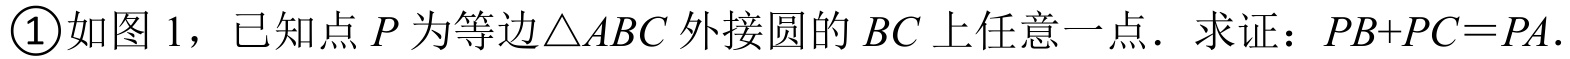
\textcircled{1}如图 1，已知点\(P\)为等边\(\triangle ABC\)外接圆的\(BC\)上任意一点．求证：\(PB + PC=PA\)．